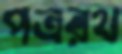
পত্ররথ